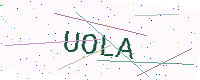
Text: UOLA